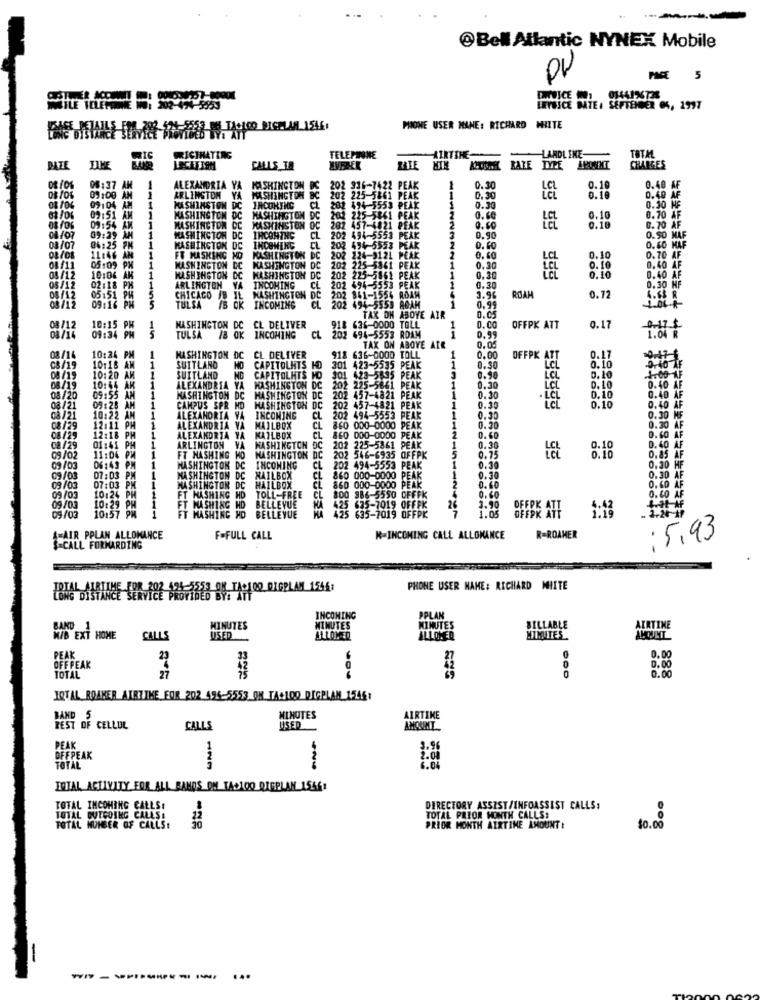
O Bell Atlantic NYNEX Mobile
PACE
5
LEYSICE DATE: SEPTENGER OS, 1997
MIONE USER MANE: RICHARD WHITE
LANDLIKE-
RICTHATING
TELEPHONE
AIRTIHE-
TOTAL
CALLS TO
RATE TYPE AROMIMT
CHARGES
08:37 AM
ALEXANDRIA YA
WASHINGTON DC
K
202 316-7422 PEAK
202
1
0.30
0.1
0.40 AF
09:00 AM
ARLINGTON YA WASHINGTON DC
202 225-5861 PEAK
202 494-5553 PEAK
0.30
0.10
0.40
04706 09:04 AM
MASHINGTON DC JRCOMING
202
225-5841 PEAK
1
0.30
0.30
09:51 AM
1
MASHINGTON DC WASHINGTON DC
201
LEL
0.10
0.70 A
09:54 AM
WASHINGTON DC MASHINSTON O
201
457-4821 PEAK
2
0.60
0.70
04/07
09:29 AM
1
WASHINGTON DC
IRCONTHC
CL
202 494-5553 PEAK
3
0.90
0.90 MAF
08/07
@6:25 PM
1
KASHINGTON D
INCOMERC
200
202 224-3121 PEAK
494-5553 PEAK
0.60
0.60 MAF
11:46 AM
1
FF MASKING M
WASHINGTON DC
2
0.60
0.10
0.70 AF
08/11
05:09 PX
1
WASHINGTON DC
MASHINGTON DC
202 225-5361 PEAK
0.30
0.10
0.10
0.40 AF
08/12
10:06 AK
1
MASHINGTON DC WASHINGTON DC 202 225-5861 PEAK
1
0.20
0.40 AF
05/12
02:18 PM
ARLINGTON YA
INCOMING
WASHINGTON DC 202 841-1554 ROAM
CL 202 4
CL 202 494-5553 PEAK
PEAK
0.30
0.30 HF
08/12
05:51 PM
CHICAGO IB IL WASHINGTON DC
TULSA
IS OK
2 841-1556 ROAM
3.96
ROA
0.72
4.68
09:16 PM
INCOMING
CL 202 494-5553 ROAM
0.99
TAX DH ABOVE AIR
1
0.05
08/12
10:15
09:34 PM
WASHINGTON DC
CL DELIVER
CL 345 636-0ODO TOLL
0.00
OFFPK ATT
0.17
0-17 2
08/16
TULSA
IB OK INCOMING
1-5553 ROAM
1
0.99
1.04 R
TAX ON ABOYE AIR
0.04
08/14
10:24
1
WASHINGTON DC
CL DELIVER
918 636-0000 TOLL
0.00
OFFPK ATT
0.17
08/19
10:18
1
SUITLAND
CAPITOLHTS HO 301 423-5535 PEAK
0.30
LCL
0.10
0.10
08/19
10:20 AM
1
SUITLAND
CAPITOLHTS MO
423-5635 PEAK
0.90
LCL
1:00-AF
08/19
10:44
1
ALEXANDRIA YA
WASHINGTON DC
202 225-5661 PEAK
1
0.30
LCL
0.10
0.10
0.40 AF
08/20
09:55 AM
1
MASHIHGTOM DC WASHINGTON DC
202 457-4821 PEAK
1
0. 30
.LCL
0.40 AF
08/21
09:28 AM
1
CAMPUS SPR HD
WASHINGTON DC
202 457-4821 PEAK
1
0.30
0.10
0.40 AF
08/21
10:22 AM 1
ALEXANDRIA VA
INCOMING
CL 202 494-5553 PEAK
1
0.30
0.30 M
08/29
12:11 PM
1
ALEXANDRIA VA MAILBOX
CL 860 000-0000 PEAK
0.20
0.30 A
08/29
12:18 PM
ALEXANDRIA VA
KAILBOX
CL 860 000-0000 PEAK
9.60
D.CO AF
08/29
01:41 PM 1
ARLINGTON VA WASHINGTON DC 202 225-5861 PEAK
WASHINGTON DC
5
0.30
0.10
0.40 AF
09/02
11:06 PM 1
FT MASHING MO
202 546-6935 OFFPK
0.75
Let
0.10
0.85 AF
09/03
06:43 PM 1
WASHINGTON DC
INCOMING
CL 202 494-5553 PEAK
1
0.39
0.30 HF
09/03
07:03 PM 1
07:03 PM
WASHINGTON DC
MAILBOX
CL 860 000-0000 PEAK
860 000-0000 PEAK
0.30
0.30 A
09/03
WASHINGTON DC
HAILBOX
CL
0.40
0.60
0.40
09/03
10:26
1
FT MASHING HD
TOLL-FREE
BELLEVUE
NA 425
800 986-5550 OFFFK
0.60
09/03
10:29 PM
10157 9%
FT MASHING HD
5 625-7019 OFFFK
26
3.90
09/03
FT MASHING HD BELLEVUE
5 635-7019 OFFPK
AFAIR PPLAN ALLOMANCE
F=FULL CALL
K-INCOMING CALL ALLOWANCE
R=ROAMER
: 5.93
$-CALL FORMARDING
BAN DIRE TOR 202 125-1218 01. 11-100 01GPLAN 1546:
PHONE USER NAME: RICHARD MHITTE
INCOMING
PPLAN
MINUTES
MINUTES
MINUTES
BILLABLE
AIRTIME
NIB EXT HOME
CALLS
USED
ALLOWED
MIMUTES
0.00
PEAK
0
OFF PEAK
27
0.00
0. 00
TOTAL
IQTAL BOAKER AIRLIKE FOR 202 494-5553 ON TA+100 DIGPLAN 1546:
MINUTES
AIRTIKE
FEST OF CELLUL
CALLS
USED
PEAK
1
OFFPEAK
TOTAL
TOTAL ACTIVITY FOR ALL BANDS ON TASIOO ORGPLAN 1556:
TOTAL INCOMING CALLS!
DIRECTORY ASSIST/INFOASSIST CALLS:
TOTAL OUTGOING CALLS:
TOTAL PRIOR MONTH CALLS:
TOTAL NUMBER OF CALLS!
PRIOR MONTH AIRTIME AMOUNT :
$0.00
...